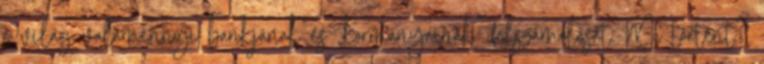
a világ valamennyi bankjának és „kormányainak” felszámolását. Mi történt?